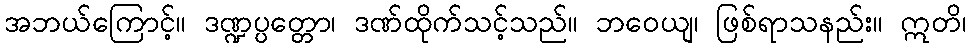
အဘယ်ကြောင့်။ ဒဏ္ဍပ္ပတ္တော၊ ဒဏ်ထိုက်သင့်သည်။ ဘဝေယျ၊ ဖြစ်ရာသနည်း။ ဣတိ၊